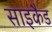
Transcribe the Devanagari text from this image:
साइकैड